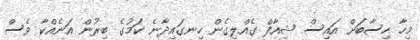
މިހާ ހިސާބަށް އައިސް ޝިއާފް ގެއްލިގެން ހިނގައިދާނެ ކަމުގެ ބިރުން އަނެއްކާ ވެސް